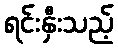
ရင်းနှီးသည့်